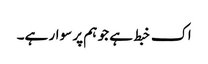
اک خبط ہے جو ہم پر سوار ہے۔